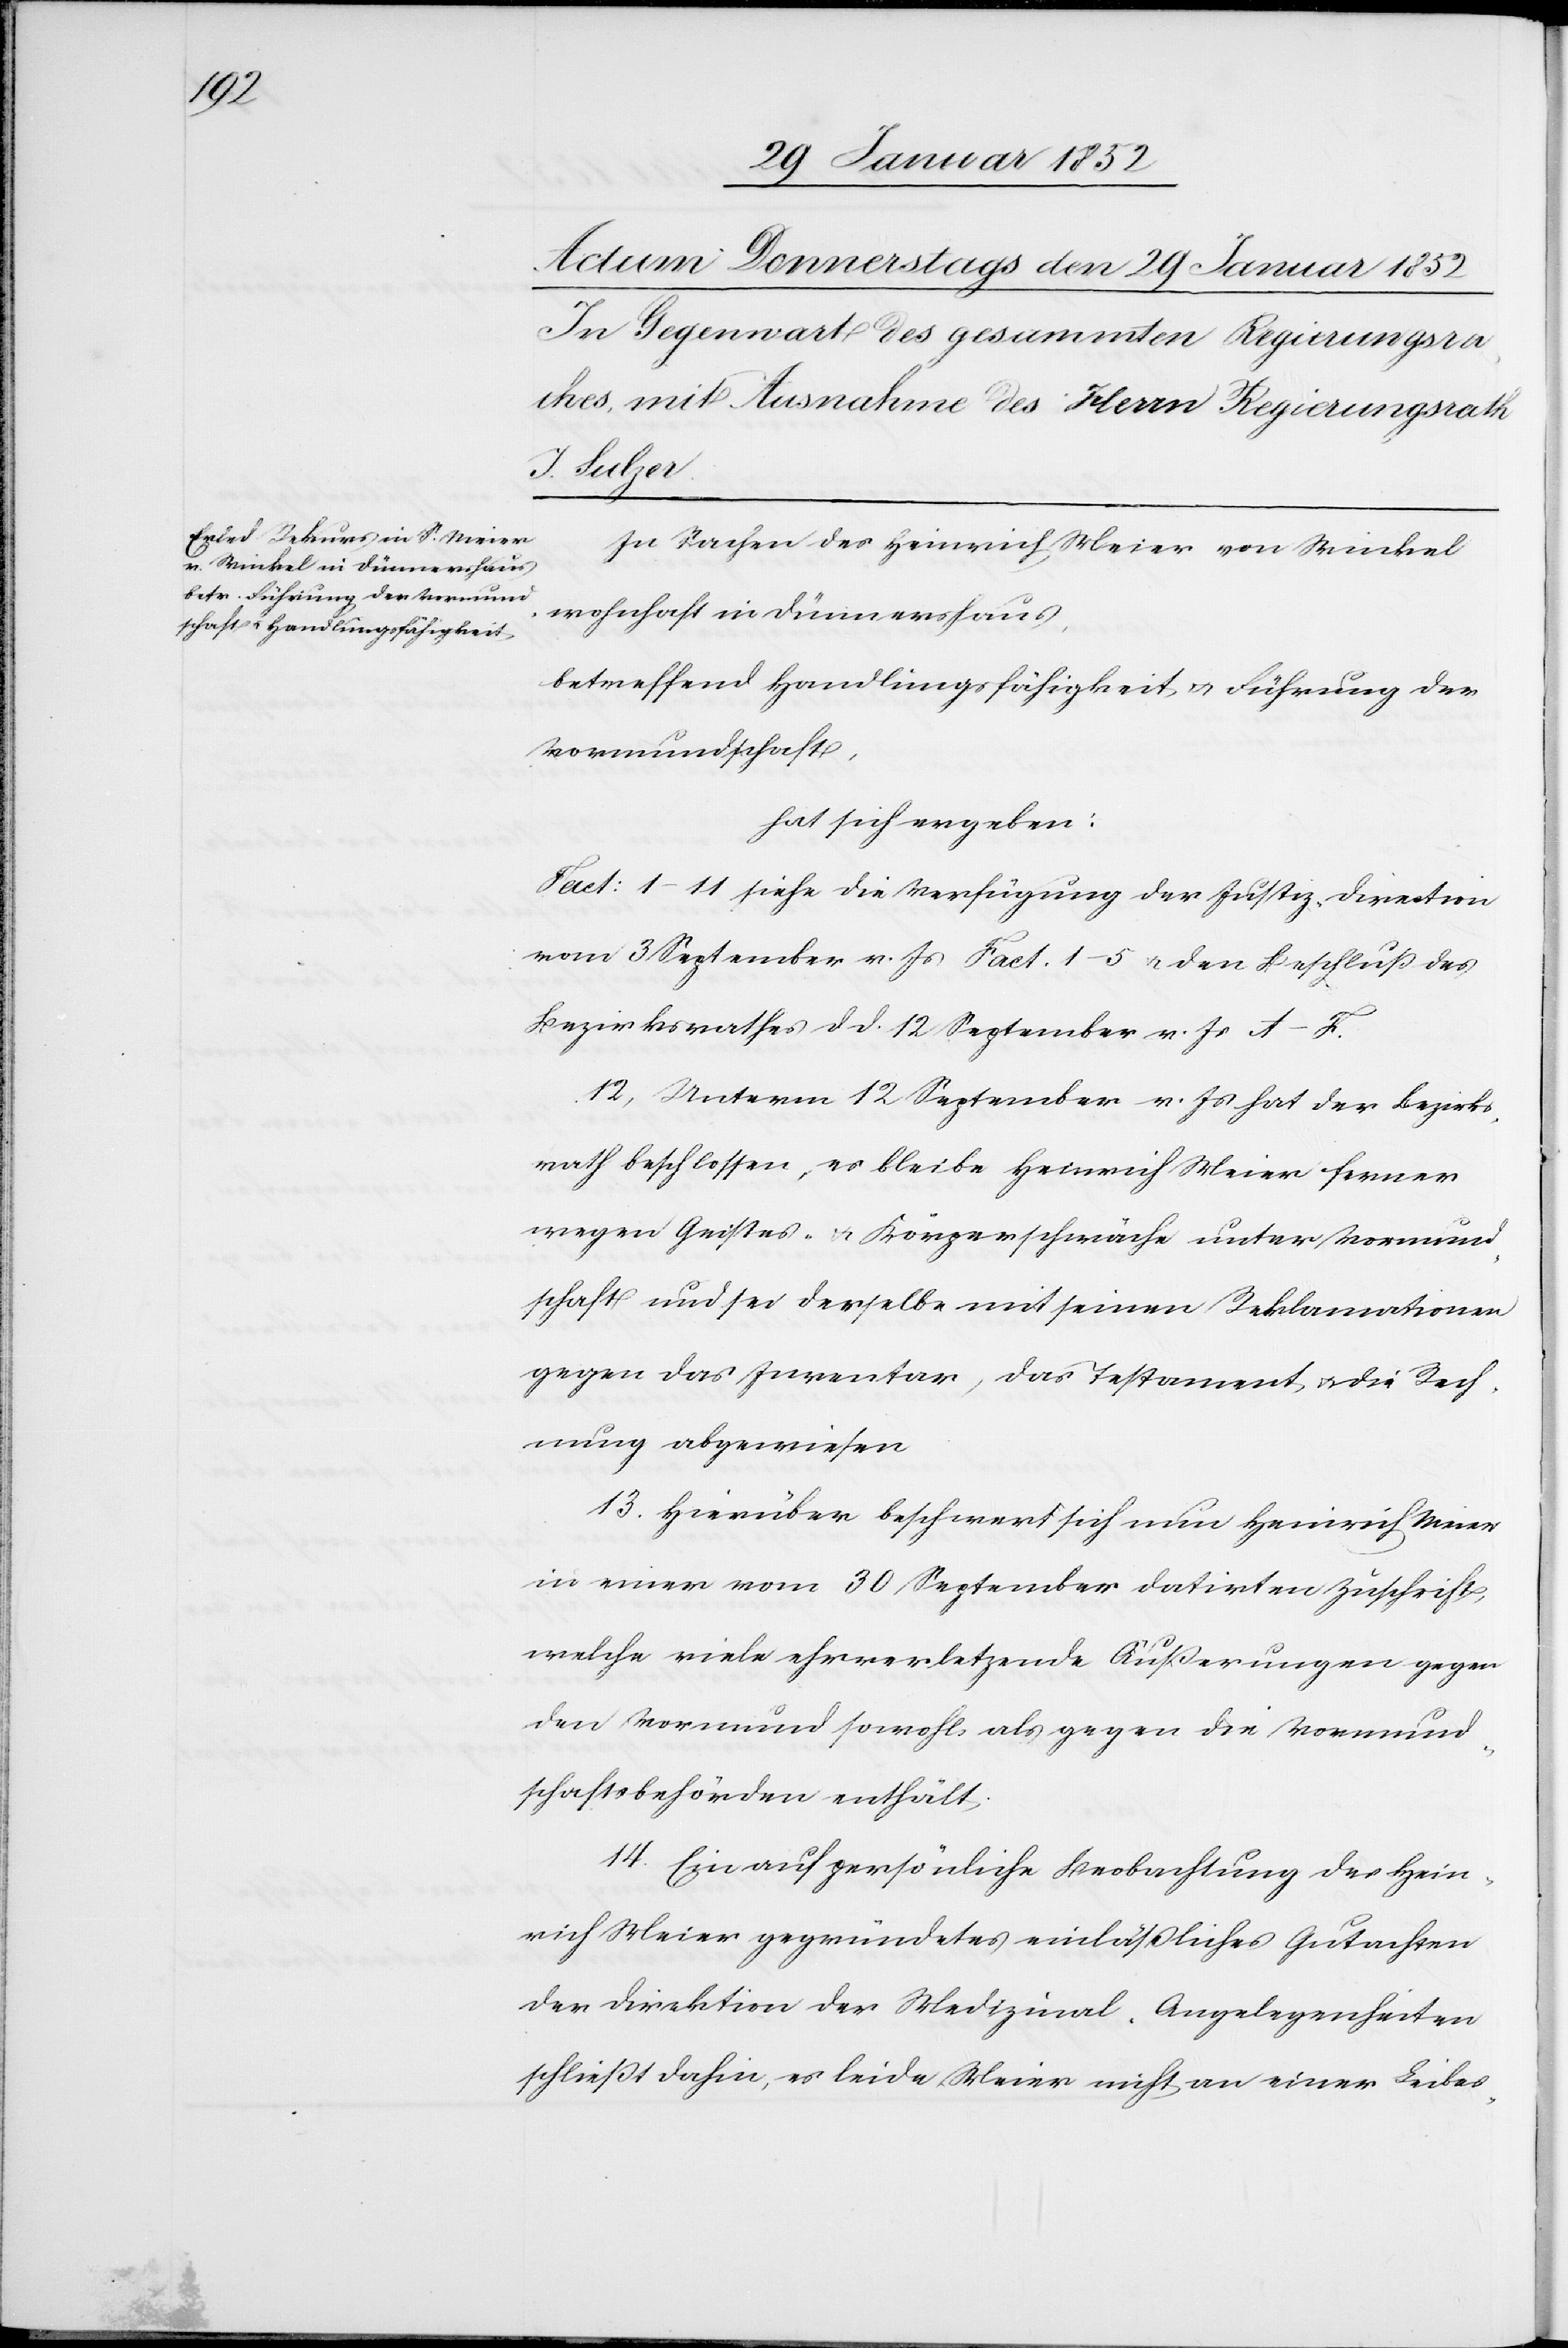
In Sachen des Heinrich Meier von Winkel
wohnhaft in Dünnershaus,
betreffend Handlungsfähigkeit u. Führung der
Vormundschaft,
hat sich ergeben:
Fact: 1–11 siehe die Verfügung der Justizdirection
vom 3 September v. Js Fact. 1–5 v. den Beschluß des
Bezirksrathes d. d. 12 September v. Js A–F.
12) Unterm 12 September v. Js hat der Bezirks¬
rath beschlossen, es bleibe Heinrich Meier ferner
wegen Geistes- u. Körperschwäche unter Vormund¬
schaft und sei derselbe mit seinen Reklamationen
gegen das Inventar, das Testament, u. die Rech¬
nung abgewiesen.
13. Hierüber beschwert sich nun Heinrich Meier
in einer vom 30 September datirten Zuschrift,
welche viel ehrverletzende Äußerungen gegen
den Vormund sowohl als gegen die Vormund¬
schaftsbehörden enthält.
14. Ein auf persönliche Beobachtung des Hein¬
rich Meier gegründetes einläßliches Gutachten
der Direktion der Medizinal-Angelegenheiten
schließt dahin, es leide Meier nicht an einer Leibes-